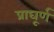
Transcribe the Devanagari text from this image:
प्राघूर्ण